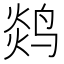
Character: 𬸖